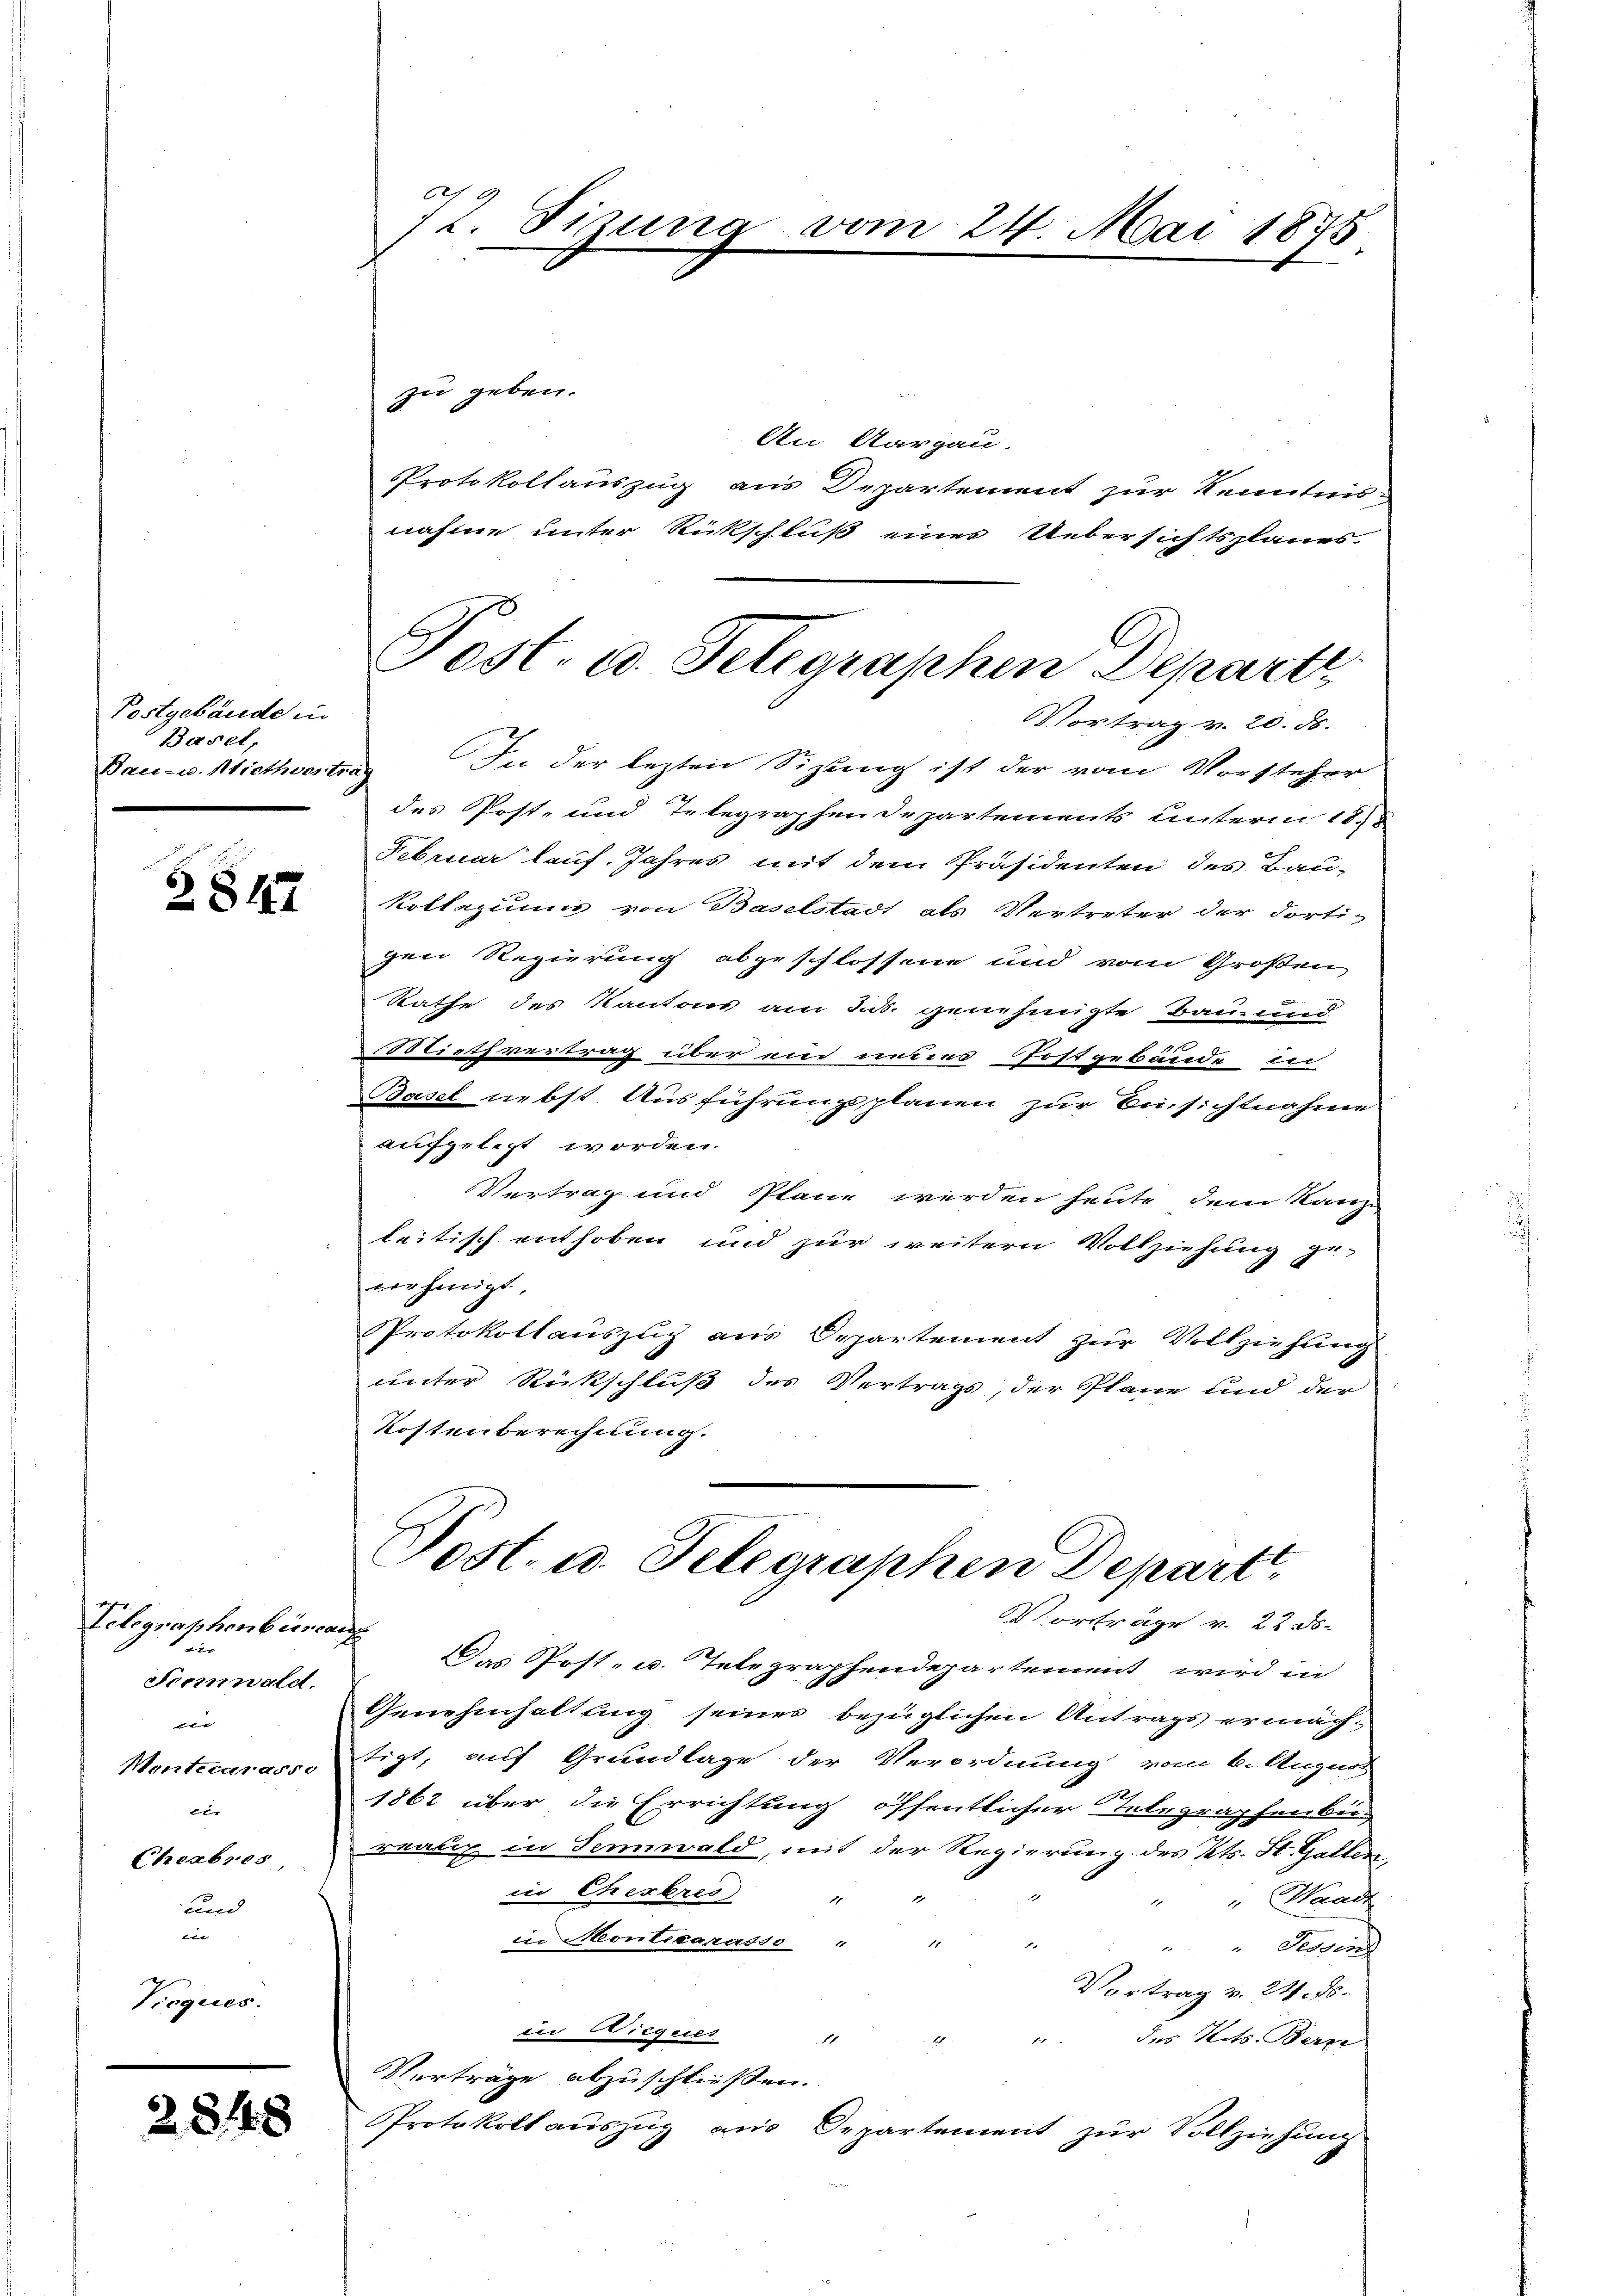
Postgebäude in
Basel,
Bau- u. Miethvertrag

2847

Telegraphenbüreau
hin
Ficmald.
e
Menticarasso
tur
Chrabnos
und

Tieques

2848

C
12. Sizung

vom 24. Mai 1875

Post. u. Telegraphen Departz

zu geben.
An Aargau.
Protokollauszug aus Departement zur Kenntnis-
nahme unter Rückschluß einer Uebersichtsplanes.
Vortrag v. 20. ds.
In der lezten Sitzung ist der vom Vorsteher
des Post- und Telegraphen Departements unterm 18.8
Februar lauf. Jahres mit dem Präsidenten des Bau-
Kollegium von Baselstadt als Vertreter der dorti-
gen Regierung abgeschlossene und vom Großen
Rathe des Kantons am Jus. genehmigte Bau- und
Niethvertrag über ein unters Postgebäude in
Basel nebst Ausführungsplanen zur Einsichtnahme
aufgelegt worden.
Vertrag und Pläne werden heute dem Kanze
leitisch enthoben und zur weitern Vollziehung ge-
verhinigt,
Protokollauszug aus Departement zur Vollziehung
unter Rückschluß des Vertrags, der Plane und der
Kostenberechnung.

Post. u. Telegraphen Depart
Vorträge v. 22. ds.

Das Post- u. Integraphendepartement wird in
Genehmhaltung seines bezüglichen Antrags ermächtigt, auf Grundlage der Verordnung vom 6. Augus
1862 über die Errichtung öffentlicher Telegraphenku-
reaux in Sennwald, mit der Regierung des Kts. St. Galleri
ii Cherbres " "
"Waadt
in Montskarasse " "
r
" Sedgen
Vortrag v. 24. 88.
in Wiegees
 " des Kts. Bern
Verträge abzuschliessen.
Protokollauszug aus Departement zur Vollziehung